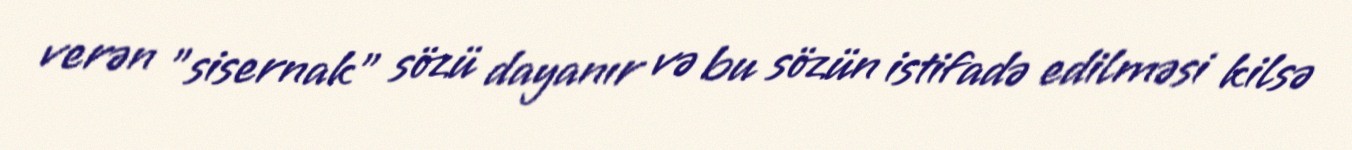
verən "sisernak" sözü dayanır və bu sözün istifadə edilməsi kilsə